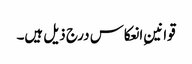
قوانینِ انعکاس درج ذیل ہیں۔